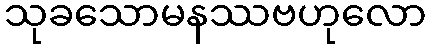
သုခသောမနဿဗဟုလော